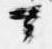
可